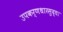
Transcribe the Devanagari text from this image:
उपकर्णधारसुद्धा